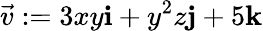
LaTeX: {\vec{v}}:=3xy\mathbf{i}+y^{2}z\mathbf{j}+5\mathbf{k}